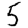
Digit: 5